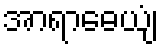
အာရာဓေယျံ